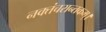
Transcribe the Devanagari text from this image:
नक्तंचरान्तकम्‌।